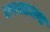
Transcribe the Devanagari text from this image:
तपसाधना